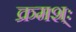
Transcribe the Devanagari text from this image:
क्रमश्ः